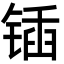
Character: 锸